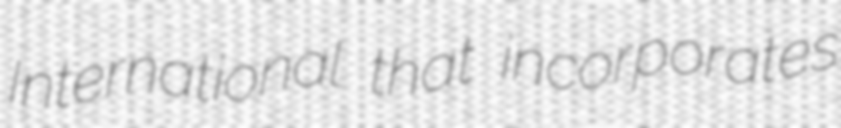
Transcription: International that incorporates